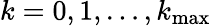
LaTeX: k=0,1,\ldots,k_{\mathrm{max}}